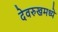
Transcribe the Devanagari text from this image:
देवरुखमध्ये